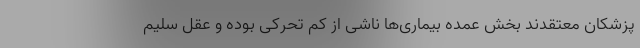
پزشکان معتقدند بخش عمده بیماری‌ها ناشی از کم تحرکی بوده و عقل سلیم